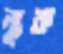
ল্যুক